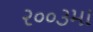
૨૦૦૩મા